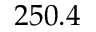
2 5 0 . 4